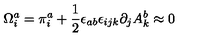
\Omega _ { i } ^ { a } = \pi _ { i } ^ { a } + \frac { 1 } { 2 } \epsilon _ { a b } \epsilon _ { i j k } \partial _ { j } A _ { k } ^ { b } \approx 0